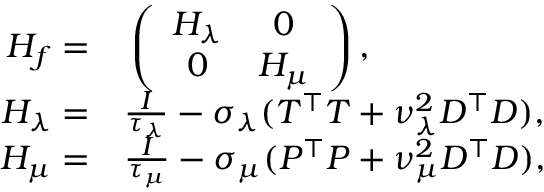
\begin{array} { r l } { H _ { f } = } & { { } \left( \begin{array} { c c } { H _ { \lambda } } & { 0 } \\ { 0 } & { H _ { \mu } } \end{array} \right) , } \\ { H _ { \lambda } = } & { { } \frac { I } { \tau _ { \lambda } } - \sigma _ { \lambda } ( T ^ { \top } T + \nu _ { \lambda } ^ { 2 } D ^ { \top } D ) , } \\ { H _ { \mu } = } & { { } \frac { I } { \tau _ { \mu } } - \sigma _ { \mu } ( P ^ { \top } P + \nu _ { \mu } ^ { 2 } D ^ { \top } D ) , } \end{array}